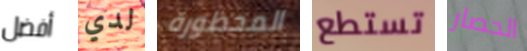
أفضل لدي المحظورة تستطع الحصار